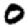
Digit: 0